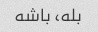
بله، باشه